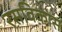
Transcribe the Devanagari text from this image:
रसविकास